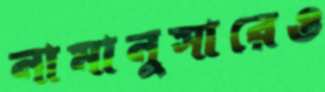
নামানুসারেও